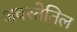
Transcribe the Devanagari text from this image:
अवस्तेतिल